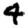
Digit: 4